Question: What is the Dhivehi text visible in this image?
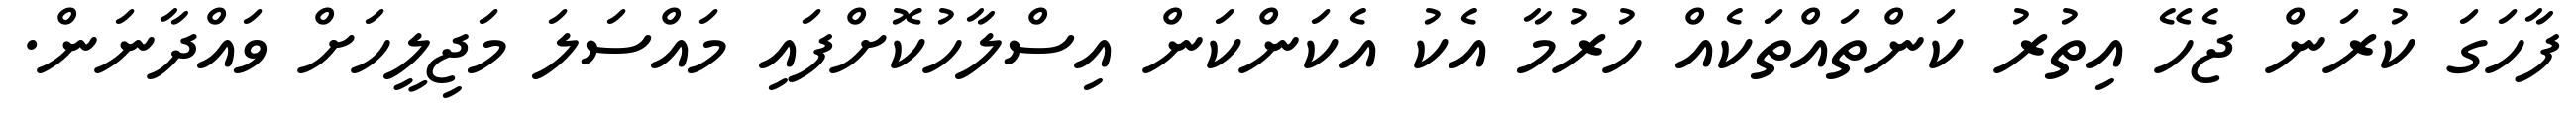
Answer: ފާހަގަ ކުރަން ޖެހޭ އިތުރު ކަންތައްތަކެއް ހުރުމާ އެކު އެކަންކަން އިސްލާހުކޮށްފައި މައްސަލަ މަޖިލީހަށް ވައްދާނަން.